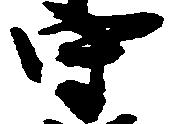
守